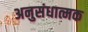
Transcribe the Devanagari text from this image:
अनुसंधात्मक